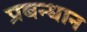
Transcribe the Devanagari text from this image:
प्रबन्धान